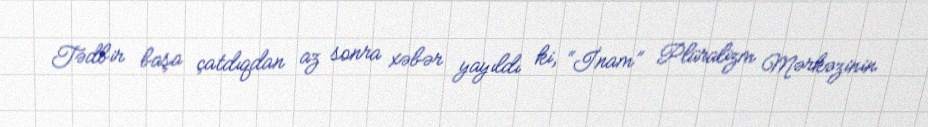
Tədbir başa çatdıqdan az sonra xəbər yayıldı ki, “İnam” Plüralizm Mərkəzinin